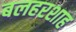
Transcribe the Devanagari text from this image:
बलहरशाह